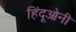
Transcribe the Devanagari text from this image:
हिंदूओनी